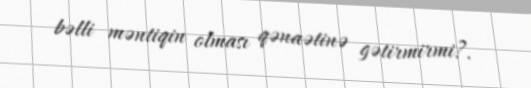
bəlli məntiqin olması qənaətinə gətirmirmi?.